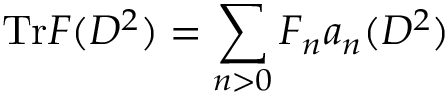
\mathrm { T r } F ( D ^ { 2 } ) = \displaystyle \sum _ { n > 0 } F _ { n } a _ { n } ( D ^ { 2 } )